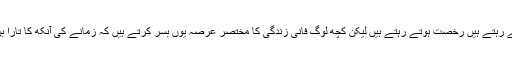
لوگ جنم لیتے رہتے ہیں رخصت ہوتے رہتے ہیں لیکن کچھ لوگ فانی زندگی کا مختصر عرصہ یوں بسر کرتے ہیں کہ زمانے کی آنکھ کا تارا بن جاتے ہیں ۔